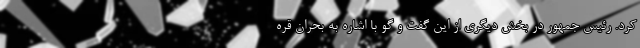
کرد. رئیس جمهور در بخش دیگری از این گفت و گو با اشاره به بحران قره